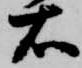
右